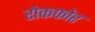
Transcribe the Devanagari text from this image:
रोकफोर